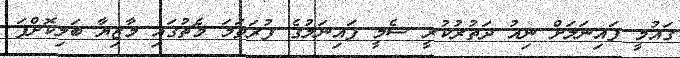
ގައުމީ ފައިނަލަށް ނިއު ދަތުރުކުރީ ސެމީ ފައިނަލުގެ ފުރަތަމަ މެޗުގައި މާޒިޔާ ބަލިކޮށްފަ